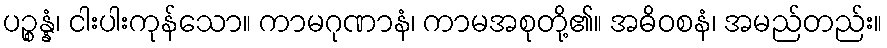
ပဉ္စန္နံ၊ ငါးပါးကုန်သော။ ကာမဂုဏာနံ၊ ကာမအစုတို့၏။ အဓိဝစနံ၊ အမည်တည်း။